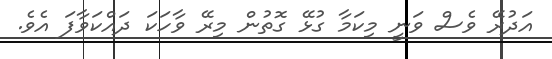
އަދުރޭ ވެސް ވަނީ މިކަމާ ގުޅޭ ގޮތުން މިރޭ ވާހަކަ ދައްކަވާފަ އެވެ.